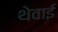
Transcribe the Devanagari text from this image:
थेवाई